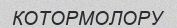
КОТОРМОЛОРУ